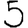
Digit: 5